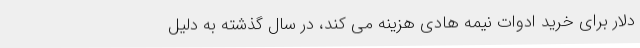
دلار برای خرید ادوات نیمه هادی هزینه می کند، در سال گذشته به دلیل